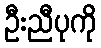
ဦးညီပုကို